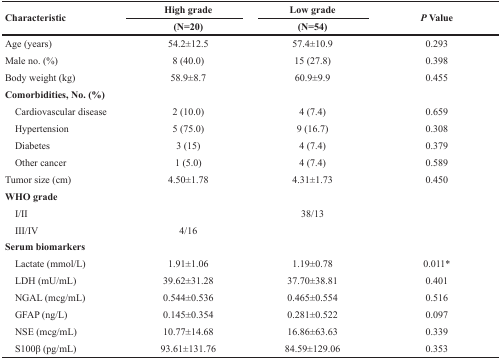
<table><thead><tr><td rowspan="2"><b>Characteristic</b></td><td><b>High grade</b></td><td><b>Low grade</b></td><td rowspan="2"><b><i>P</i> Value</b></td></tr><tr><td><b>(N=20)</b></td><td><b>(N=54)</b></td></tr></thead><tbody><tr><td>Age (years)</td><td>54.2±12.5</td><td>57.4±10.9</td><td>0.293</td></tr><tr><td>Male no. (%)</td><td>8 (40.0)</td><td>15 (27.8)</td><td>0.398</td></tr><tr><td>Body weight (kg)</td><td>58.9±8.7</td><td>60.9±9.9</td><td>0.455</td></tr><tr><td><b>Comorbidities, No. (%)</b></td><td></td><td></td><td></td></tr><tr><td> Cardiovascular disease</td><td>2 (10.0)</td><td>4 (7.4)</td><td>0.659</td></tr><tr><td> Hypertension</td><td>5 (75.0)</td><td>9 (16.7)</td><td>0.308</td></tr><tr><td> Diabetes</td><td>3 (15)</td><td>4 (7.4)</td><td>0.379</td></tr><tr><td> Other cancer</td><td>1 (5.0)</td><td>4 (7.4)</td><td>0.589</td></tr><tr><td>Tumor size (cm)</td><td>4.50±1.78</td><td>4.31±1.73</td><td>0.450</td></tr><tr><td><b>WHO grade</b></td><td></td><td></td><td></td></tr><tr><td> I/II</td><td></td><td>38/13</td><td></td></tr><tr><td> III/IV</td><td>4/16</td><td></td><td></td></tr><tr><td><b>Serum biomarkers</b></td><td></td><td></td><td></td></tr><tr><td> Lactate (mmol/L)</td><td>1.91±1.06</td><td>1.19±0.78</td><td>0.011*</td></tr><tr><td> LDH (mU/mL)</td><td>39.62±31.28</td><td>37.70±38.81</td><td>0.401</td></tr><tr><td> NGAL (mcg/mL)</td><td>0.544±0.536</td><td>0.465±0.554</td><td>0.516</td></tr><tr><td> GFAP (ng/L)</td><td>0.145±0.354</td><td>0.281±0.522</td><td>0.097</td></tr><tr><td> NSE (mcg/mL)</td><td>10.77±14.68</td><td>16.86±63.63</td><td>0.339</td></tr><tr><td> S100β (pg/mL)</td><td>93.61±131.76</td><td>84.59±129.06</td><td>0.353</td></tr></tbody></table>